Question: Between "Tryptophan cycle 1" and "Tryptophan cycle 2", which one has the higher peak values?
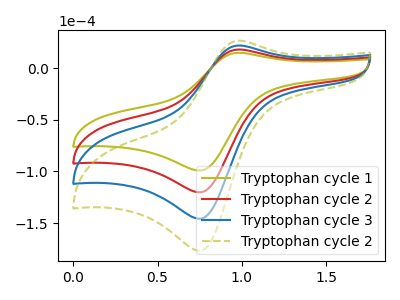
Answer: <think>The olive curve "Tryptophan cycle 1" has an anodic peak at (1.00V, 15.00uA) and a cathodic peak at (0.75V, -99.10uA). The red curve "Tryptophan cycle 2" has an anodic peak at (1.00V, 18.20uA) and a cathodic peak at (0.75V, -120.20uA). The blue curve "Tryptophan cycle 3" has an anodic peak at (1.00V, 36.35uA) and a cathodic peak at (0.75V, -240.35uA). The olive dashed curve "Tryptophan cycle 2" has an anodic peak at (1.00V, 54.55uA) and a cathodic peak at (0.75V, -360.55uA).</think>
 <answer>Every peak in "Tryptophan cycle 1" is lower than every peak in "Tryptophan cycle 2".</answer>
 <eval>lower</eval>